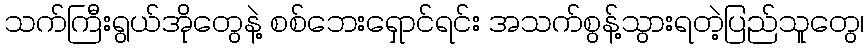
သက်ကြီးရွယ်အိုတွေနဲ့ စစ်ဘေးရှောင်ရင်း အသက်စွန့်သွားရတဲ့ပြည်သူတွေ၊